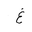
Letter: _gayn